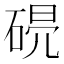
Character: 𥓣